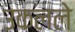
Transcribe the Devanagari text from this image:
उकलले